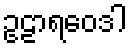
ဥဠာရဝေဒါ